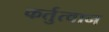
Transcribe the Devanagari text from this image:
कर्तुत्वान